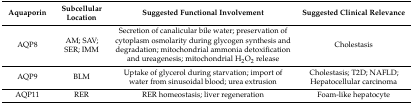
<table><thead><tr><td><b>Aquaporin</b></td><td><b>Subcellular Location</b></td><td><b>Suggested Functional Involvement</b></td><td><b>Suggested Clinical Relevance</b></td></tr></thead><tbody><tr><td>AQP8</td><td>AM; SAV; SER; IMM</td><td>Secretion of canalicular bile water; preservation of cytoplasm osmolarity during glycogen synthesis and degradation; mitochondrial ammonia detoxification and ureagenesis; mitochondrial H<sub>2</sub>O<sub>2</sub> release</td><td>Cholestasis</td></tr><tr><td>AQP9</td><td>BLM</td><td>Uptake of glycerol during starvation; import of water from sinusoidal blood; urea extrusion</td><td>Cholestasis; T2D; NAFLD; Hepatocellular carcinoma</td></tr><tr><td>AQP11</td><td>RER</td><td>RER homeostasis; liver regeneration</td><td>Foam-like hepatocyte</td></tr></tbody></table>